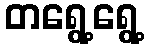
တရွေ့ရွေ့